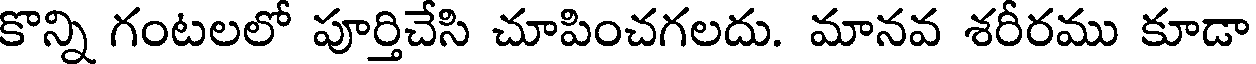
కొన్ని గంటలలో పూర్తిచేసి చూపించగలదు. మానవ శరీరము కూడా